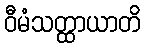
ဝီမံသတ္ထာယာတိ